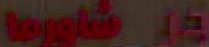
toga